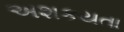
અશકયતા